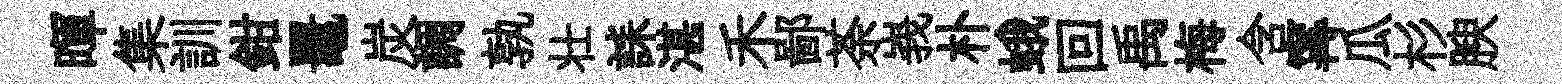
暉集訓鉗鼉炭調孰壮誄湛禾鄙荼峩朴蛾回禹梅含𡩋瓜杉腴